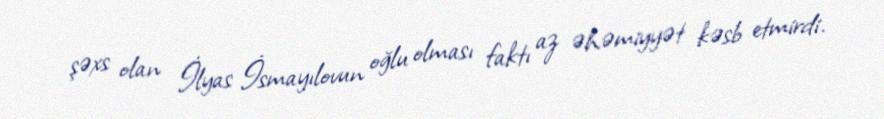
şəxs olan İlyas İsmayılovun oğlu olması faktı az əhəmiyyət kəsb etmirdi.